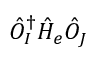
\hat { O } _ { I } ^ { \dagger } \hat { H } _ { e } \hat { O } _ { J }